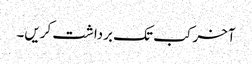
آخر کب تک برداشت کریں۔